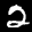
Label: 2